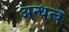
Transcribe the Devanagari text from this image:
अन्धत्व